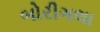
બોરીગલા